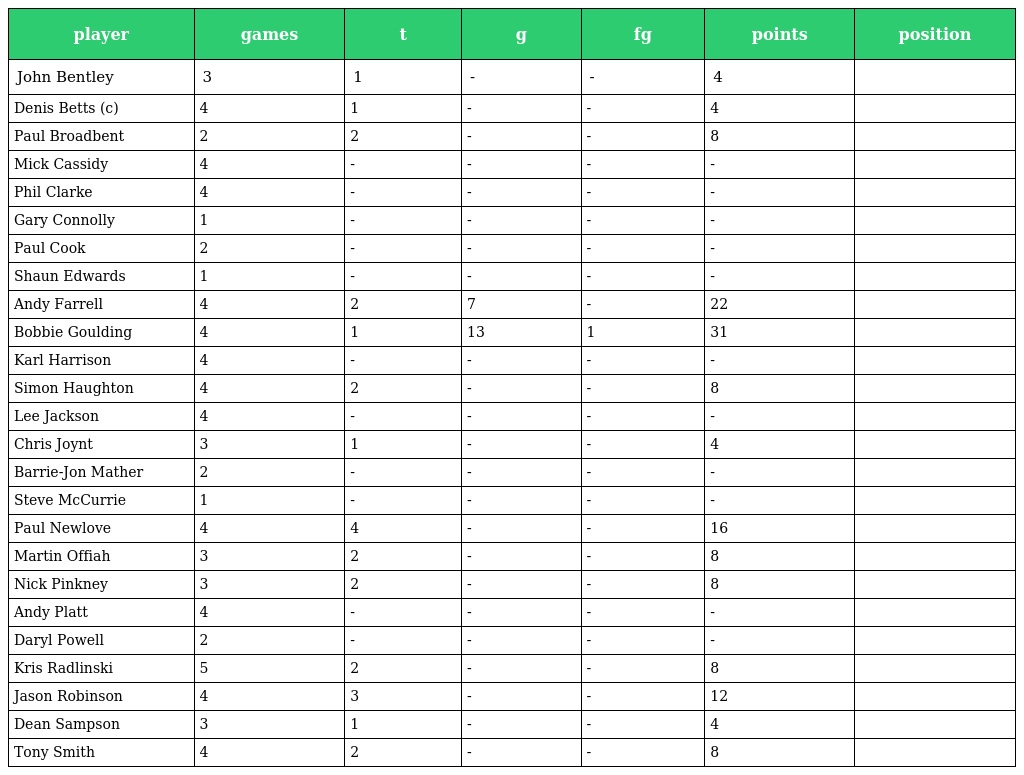
| player | games | t | g | fg | points | position |
 | --- | --- | --- | --- | --- | --- | --- |
 | John Bentley | 3 | 1 | - | - | 4 |  |
 | Denis Betts (c) | 4 | 1 | - | - | 4 |  |
 | Paul Broadbent | 2 | 2 | - | - | 8 |  |
 | Mick Cassidy | 4 | - | - | - | - |  |
 | Phil Clarke | 4 | - | - | - | - |  |
 | Gary Connolly | 1 | - | - | - | - |  |
 | Paul Cook | 2 | - | - | - | - |  |
 | Shaun Edwards | 1 | - | - | - | - |  |
 | Andy Farrell | 4 | 2 | 7 | - | 22 |  |
 | Bobbie Goulding | 4 | 1 | 13 | 1 | 31 |  |
 | Karl Harrison | 4 | - | - | - | - |  |
 | Simon Haughton | 4 | 2 | - | - | 8 |  |
 | Lee Jackson | 4 | - | - | - | - |  |
 | Chris Joynt | 3 | 1 | - | - | 4 |  |
 | Barrie-Jon Mather | 2 | - | - | - | - |  |
 | Steve McCurrie | 1 | - | - | - | - |  |
 | Paul Newlove | 4 | 4 | - | - | 16 |  |
 | Martin Offiah | 3 | 2 | - | - | 8 |  |
 | Nick Pinkney | 3 | 2 | - | - | 8 |  |
 | Andy Platt | 4 | - | - | - | - |  |
 | Daryl Powell | 2 | - | - | - | - |  |
 | Kris Radlinski | 5 | 2 | - | - | 8 |  |
 | Jason Robinson | 4 | 3 | - | - | 12 |  |
 | Dean Sampson | 3 | 1 | - | - | 4 |  |
 | Tony Smith | 4 | 2 | - | - | 8 |  |